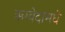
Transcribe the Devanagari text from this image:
ऋग्वेदामधे